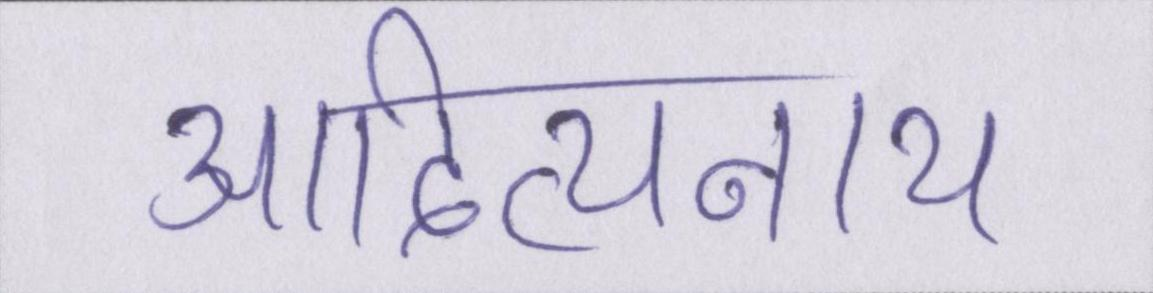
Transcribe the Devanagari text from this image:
आदित्यनाथ